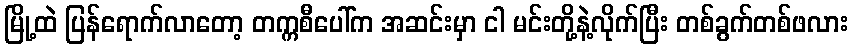
မြို့ထဲ ပြန်ရောက်လာတော့ တက္ကစီပေါ်က အဆင်းမှာ ငါ မင်းတို့နဲ့လိုက်ပြီး တစ်ခွက်တစ်ဖလား